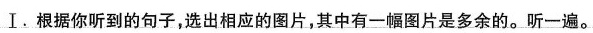
Ⅰ.根据你听到的句子，选出相应的图片，其中有一幅图片是多余的。听一遍。